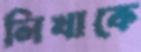
লিখাকে